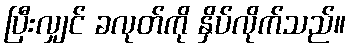
ပြီးလျှင် ခလုတ်ကို နှိပ်လိုက်သည်။